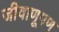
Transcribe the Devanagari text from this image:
जीवाणूपण